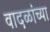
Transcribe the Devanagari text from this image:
वादळांच्या